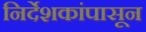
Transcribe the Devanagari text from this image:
निर्देशकांपासून